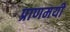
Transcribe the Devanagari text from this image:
प्राणमयी